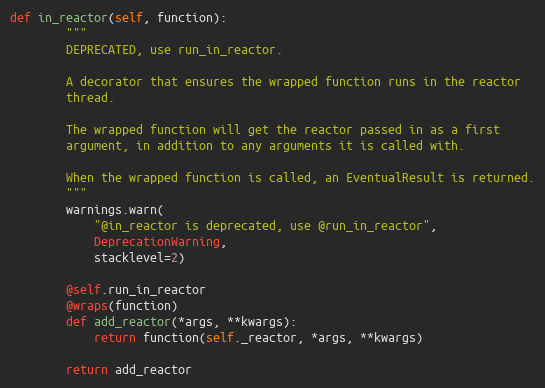
Language: Python
def in_reactor(self, function):
        """
        DEPRECATED, use run_in_reactor.

        A decorator that ensures the wrapped function runs in the reactor
        thread.

        The wrapped function will get the reactor passed in as a first
        argument, in addition to any arguments it is called with.

        When the wrapped function is called, an EventualResult is returned.
        """
        warnings.warn(
            "@in_reactor is deprecated, use @run_in_reactor",
            DeprecationWarning,
            stacklevel=2)

        @self.run_in_reactor
        @wraps(function)
        def add_reactor(*args, **kwargs):
            return function(self._reactor, *args, **kwargs)

        return add_reactor